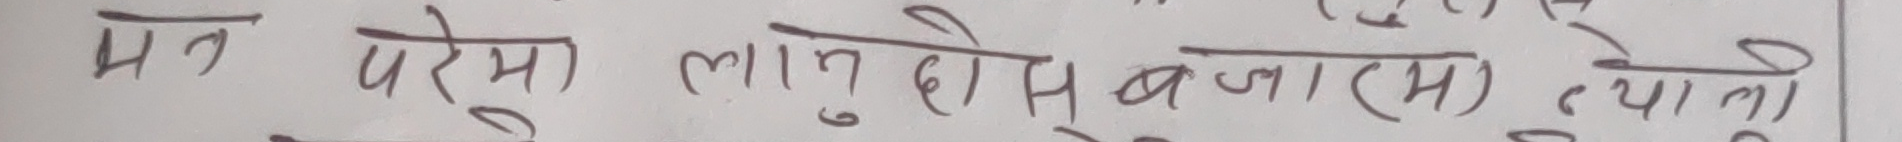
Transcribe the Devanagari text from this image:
मन परेमा लागु होस बजा (म) त्यो